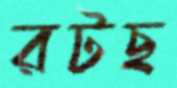
রটছ